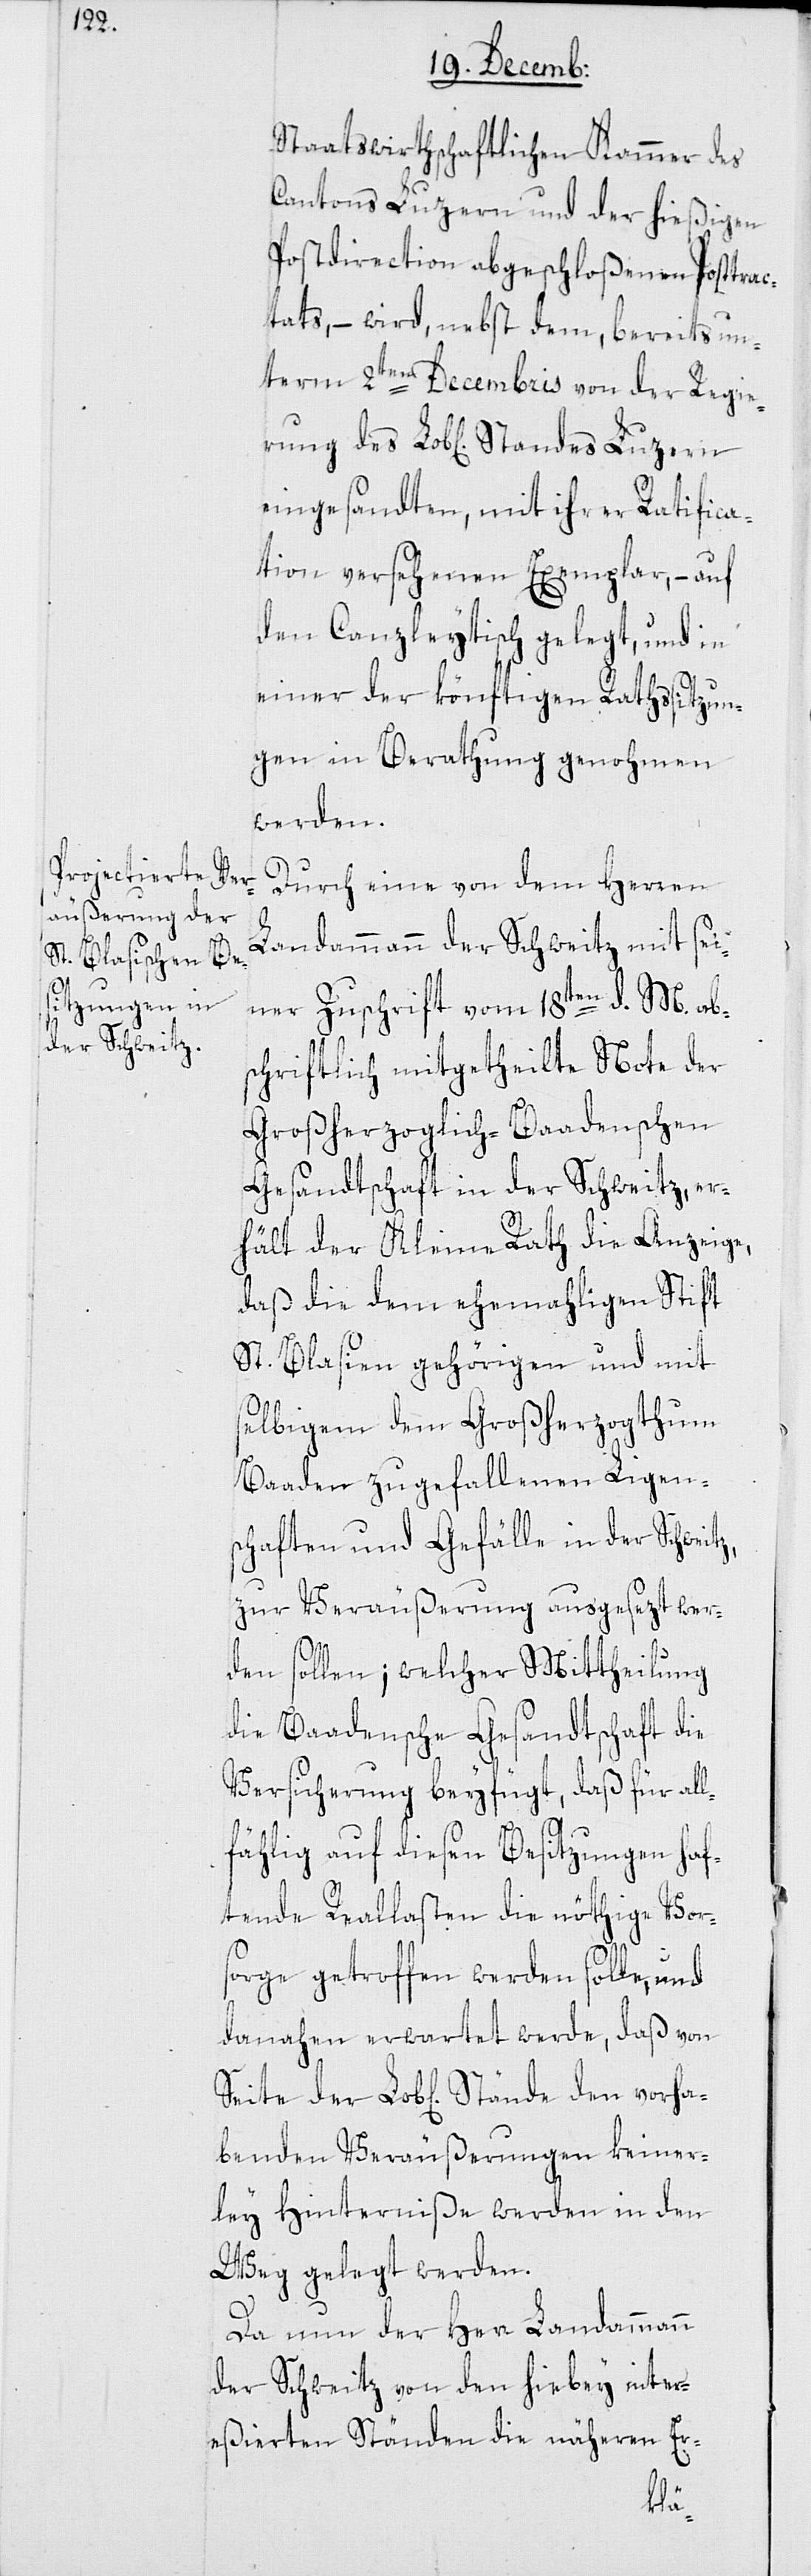
staatswirthschaftlichen Kammer des
Cantons Luzern und der hießigen
Postdirection abgeschloßenen Posttra¬
ctats, – wird nebst dem, bereits un¬
term 2ten Decembris von der Regie¬
eingesandten, mit ihrer Ratifica¬
tion versehenen Exemplar, – auf
den Canzleytisch gelegt, und in
z,
einer der könftigen Rathssitzun¬
g in Berathung genohmen
werden.
Durch eine von dem Herren
Landammann der Schweitz mit sei¬
ner Zuschrift vom 18ten d. M. abs¬
chriftlich mitgetheilte Note der
Großherzoglich-Badenschen
Gesandtschaft in der Schweitz, er¬
hält der Kleine Rath die Anzeige,
daß die dem ehemahligen Stift
St. Blasien gehörigen und mit
selbigem dem Großherzogthum
Baaden zugefallenen Ligen¬
schaften und Gefälle in der Schweit¬
zur Veräußerung ausgesezt wer¬
den sollen; welcher Mittheilung
die Baadensche Gesandtschaft die
Versicherung beyfügt, daß für all¬
fählig auf diesen Besitzungen haf¬
tende Reallasten die nöthige Vor¬
sorge getroffen werden solle, und
danahen erwartet werde, daß von
benden Veräußerungen keiner¬
ley Hinterniße werden in den
Weg gelegt werden.
Da nun der Herr Landammann
der Schweitz von den hiebey inter¬
eßierten Ständen die näheren Er-
vorha¬